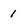
Character: 1